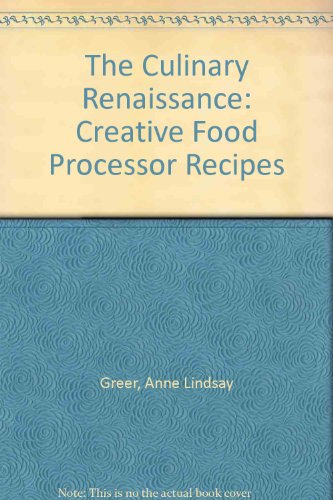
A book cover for The Culinary Renaissance: Creative Food Processor Recipes; Anne Lindsay Greer; Cookbooks, Food & Wine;